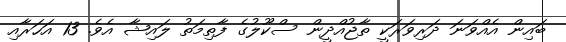
ބައިން އެއްވަނަ ދަރިވަރަކީ ތާޖުއްދީން ސްކޫލުގެ ފާތިމަތު ލައިޝާ އެވެ. 13 އަހަރާއި